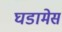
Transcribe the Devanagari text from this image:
घडामेस